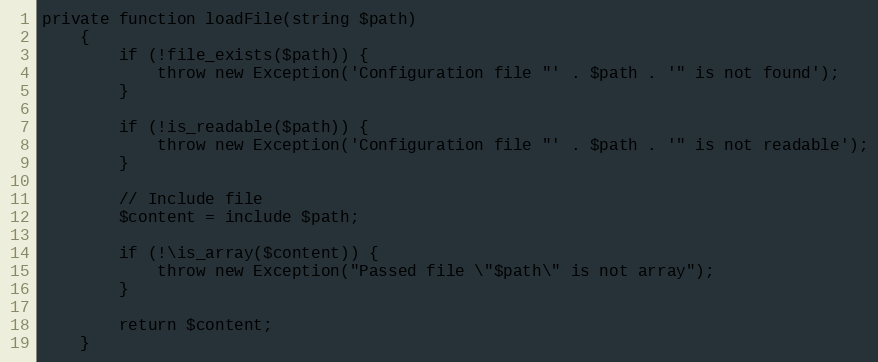
Language: PHP
private function loadFile(string $path)
    {
        if (!file_exists($path)) {
            throw new Exception('Configuration file "' . $path . '" is not found');
        }

        if (!is_readable($path)) {
            throw new Exception('Configuration file "' . $path . '" is not readable');
        }

        // Include file
        $content = include $path;

        if (!\is_array($content)) {
            throw new Exception("Passed file \"$path\" is not array");
        }

        return $content;
    }